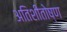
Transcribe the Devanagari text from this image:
अतिशीतोष्ण